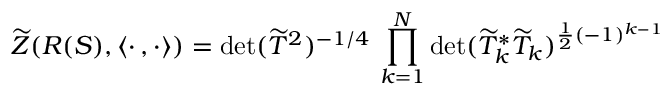
\widetilde { Z } ( R ( S ) , \langle \cdot \, , \cdot \rangle ) = \operatorname * { d e t } ( \widetilde { T } ^ { 2 } ) ^ { - 1 / 4 } \, \prod _ { k = 1 } ^ { N } \operatorname * { d e t } ( \widetilde { T } _ { k } ^ { * } \widetilde { T } _ { k } ) ^ { \frac { 1 } { 2 } ( - 1 ) ^ { k - 1 } }